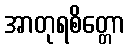
အာတုရစိတ္တော